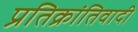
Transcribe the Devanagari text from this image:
प्रतिक्रांतिवादी